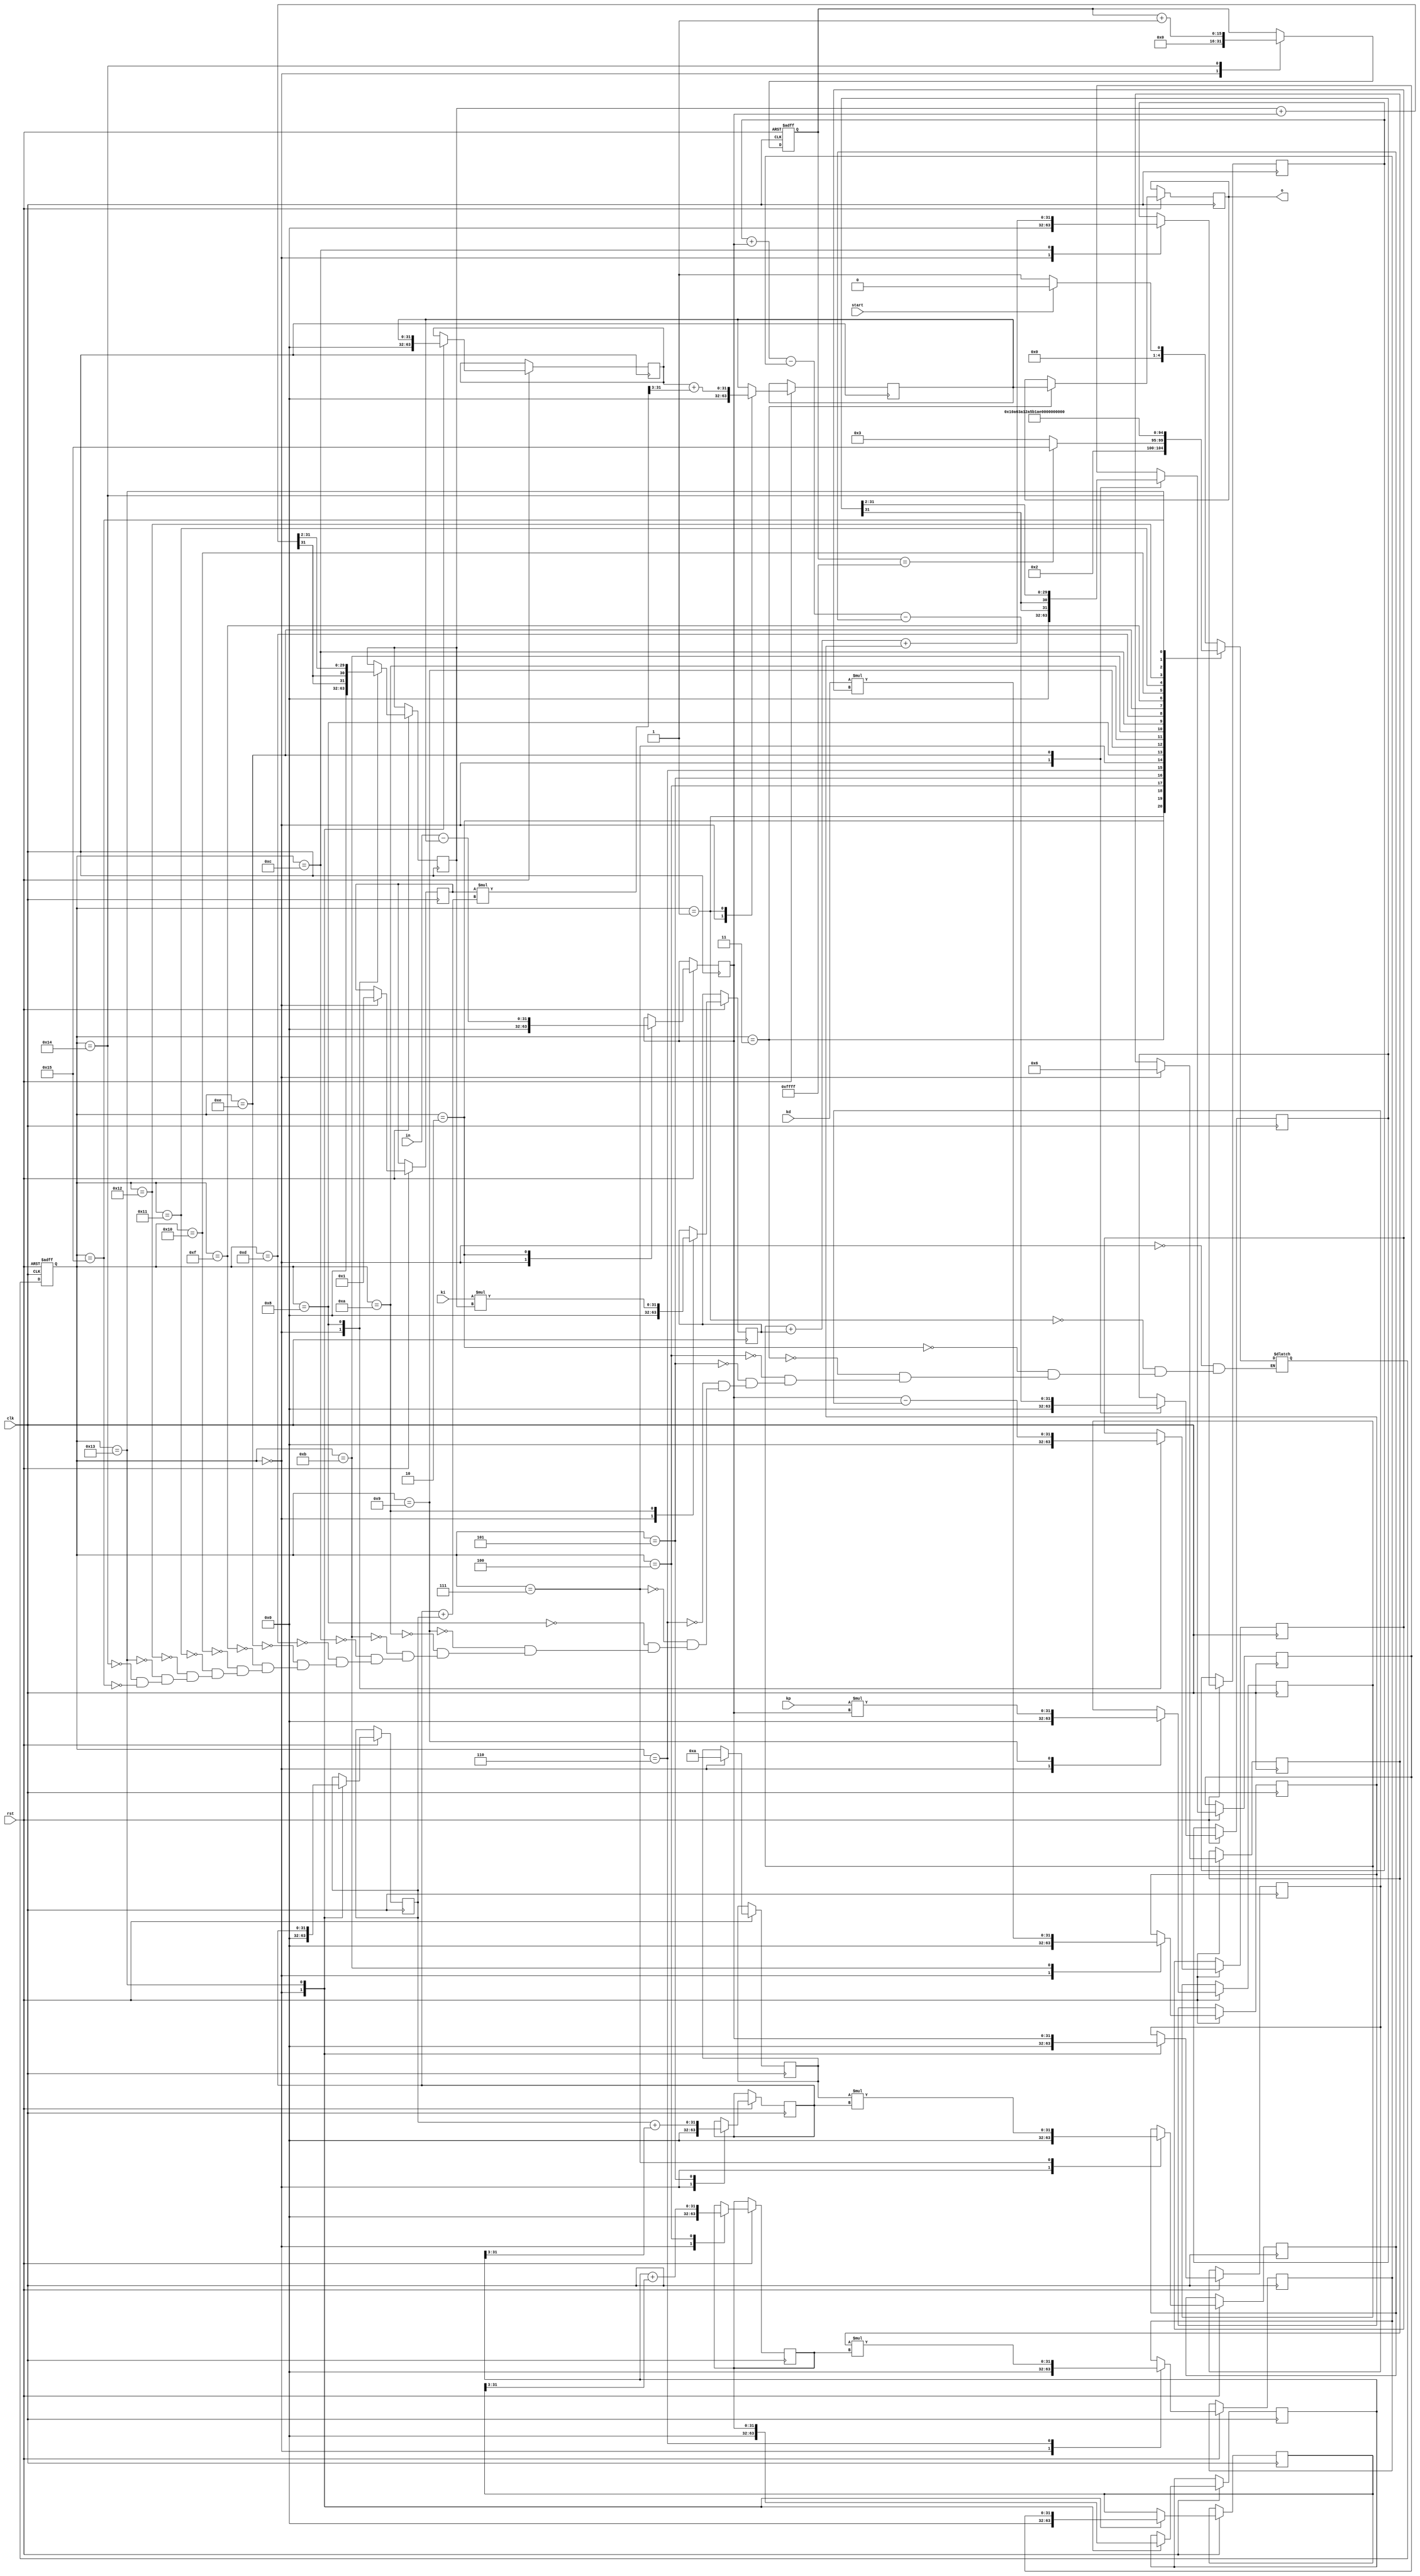
module project(clk,start,rst,in,kp,ki,kd,o);
input clk, start, rst;
input [31:0] in,kp,ki,kd;
output reg [31:0] o;

//reg variables
reg signed[31:0] dt;
reg signed[15:0] i;
reg signed[31:0] ud;
reg signed[31:0] yd;
reg signed[31:0] yd_1;
reg signed[31:0] y;
reg signed[31:0] y_1;
reg signed[31:0] ydd;
reg signed[31:0] ydd_1;
reg signed[31:0] y_int;
reg signed[31:0] y_int_1;
reg signed[31:0] error;
reg signed[31:0] prev_error;
reg signed[31:0] yddtemp;
reg signed[31:0] yd6;
reg signed[31:0] y10;
reg signed[31:0] a;
reg signed[31:0] b;
reg signed[31:0] c;
reg signed[31:0] kp1;
reg signed[31:0] ki1;
reg signed[31:0] kd1;
reg signed[31:0] integral;
reg signed[31:0] derivative;
reg signed[31:0] pid;


reg [4:0]s;
reg [4:0]ns;

//set cases
parameter A = 5'b00000,
			 B = 5'b00001,
			 C = 5'b00010,
			 D = 5'b00011,
			 E = 5'b00100,
			 F = 5'b00101,
			 G = 5'b00110,
			 H = 5'b00111,
			 I = 5'b01000,
			 J = 5'b01001,
			 K = 5'b01010,
			 L = 5'b01011,
			 M = 5'b01100,
			 N = 5'b01101,
			 O = 5'b01110,
			 P = 5'b01111,
			 Q = 5'b10000,
			 R = 5'b10001,
			 S = 5'b10010,
			 T = 5'b10011,
			 U = 5'b10100,
			 V = 5'b10101;
			 
//program reset switch		 
always @(posedge clk or negedge rst)
begin
	if (rst == 1'b0)
		s <= A;
		else 
		s <= ns;
end

//set case flow for fsm
always @(*)
begin
	case(s)
		A: if (start==1)
			begin
			ns = A;
			end
			else 
			begin
			ns = B;
			end
			
		B: ns = C;
		
		C: if (i==16'b1111111111111111) //run until i equals this then end if you would like a shorter runtime just make this value lower
			begin
			ns = V;
			end
			else 
			begin
			ns = D;
			end
		
		D: ns = E;
		E: ns = F;
		F: ns = G;
		G: ns = H;
		H: ns = I;
		I: ns = J;
		J: ns = K;
		K: ns = L;
		L: ns = M;
		M: ns = N;
		N: ns = O;
		O: ns = P;
		P: ns = Q;
		Q: ns = R;
		R: ns = S;
		S: ns = T;
		T: ns = U;
		U: ns = B;
		V: ns = V;
		
		
		
	endcase
end

always @(posedge clk or negedge rst)
begin
	if (rst == 1'b0)
		begin
			i <= 16'b1111111111; //set i for how many times you would like the fsm to loop
		end
	else
		begin
			case (s)
				A: 
				begin
				i <= 16'b0; //initalize values 
				ud <= 32'b0;
				yd <= 32'b0;
				yd_1 <= 32'b0;
				y <= 32'b0;
				y_1 <= 32'b0;
				ydd <= 32'b0;
				ydd_1 <= 32'b0;
				y_int <= 32'b0;
				y_int_1 <= 32'b0;
				dt <= 32'b0;
				prev_error <= 32'b0;
				error <= 32'b0;
				yddtemp <= 32'b0;
				yd6 <= 32'b0;
				y10 <= 32'b0;
				a <= 32'b1;
				b <= 32'b110;
				c <= 32'b1010;
				kp1 <= 32'b0;
				ki1 <= 32'b0;
				kd1 <= 32'b0;
				integral <= 32'b0;
				derivative <= 32'b0;
				pid <= 32'b0;
				end
				
				B: 
				begin
				y_int <= y_int_1 + ((a * (y + y_1) ) >>>3); //y_int is the output
				end
				
				C:
				begin
				error <= (in - (y_int)); //calculate the error from input to output
				end
				
				D:
				begin
				o <= y_int; //set the output value
				end
				
				E: 
				begin
				yd <= yd_1 + (ydd_1 >>>3); //solve for yd value which is the value of the derivative of y
				end
				
				F:
				begin
				y <= y_1 + (yd_1 >>>3); //solve for the y value
				end
				
				G: 
				begin
				yd6 <= b * yd; //multiply yd by your transfer function value b
				end
				
				H:
				begin
				
				y10 <= c * y; //multiply y by your transfer function value c
				end
				
				I:
				begin
				integral <= integral + error >>>2; //solve for the integral value of PID
				derivative <= (error - prev_error); //solve for the derivative value of PID
				end 

				J: 
				begin
				kp1 <= kp * error; //solve for kp gain * integral
				end
								
				K: 
				begin
				ki1 <= ki * integral; //Solve for ki gain * integral
				end
				
				L: 
				begin
				kd1 <= kd * derivative; //solve for kd gain * integral
				end
				
				M: 
				begin
				pid <= kp1+ki1+kd1; //solve for the total pid value
				end
				
				N: 
				begin
				end
				
				O: 
				begin
				ydd <= pid + error - yd6 -y10; //solve for ydd the double deravitive of y still needs divided however
				yddtemp <= ydd>>>2; //divide to finsh solving for ydd
				end
				
				P: 
				begin
				end
				
				Q: 
				begin
				end
				
				R: 
				begin
				end
				
				S: 
				begin
				end
				
				T: 
				begin
				yd_1 <= yd; //set all your values to become previous values
				y_1 <= y;
				ydd_1 <= yddtemp;
				y_int_1 <= y_int;
				prev_error <= error;
				end
				
				U: 
				begin
				
				i <= i+16'b1; //cout up 1 for i
				end
				
				V: 
				begin
				end
				
			endcase
	end
end


endmodule